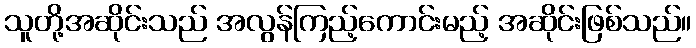
သူတို့အဆိုင်းသည် အလွန်ကြည့်ကောင်းမည့် အဆိုင်းဖြစ်သည်။